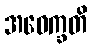
အဝေက္ခတိ